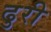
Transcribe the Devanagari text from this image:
ढुरी